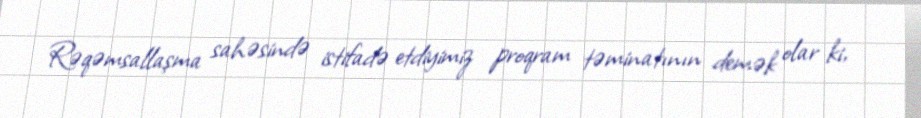
Rəqəmsallaşma sahəsində istifadə etdiyimiz proqram təminatının demək olar ki,